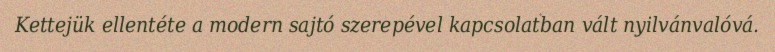
Kettejük ellentéte a modern sajtó szerepével kapcsolatban vált nyilvánvalóvá.